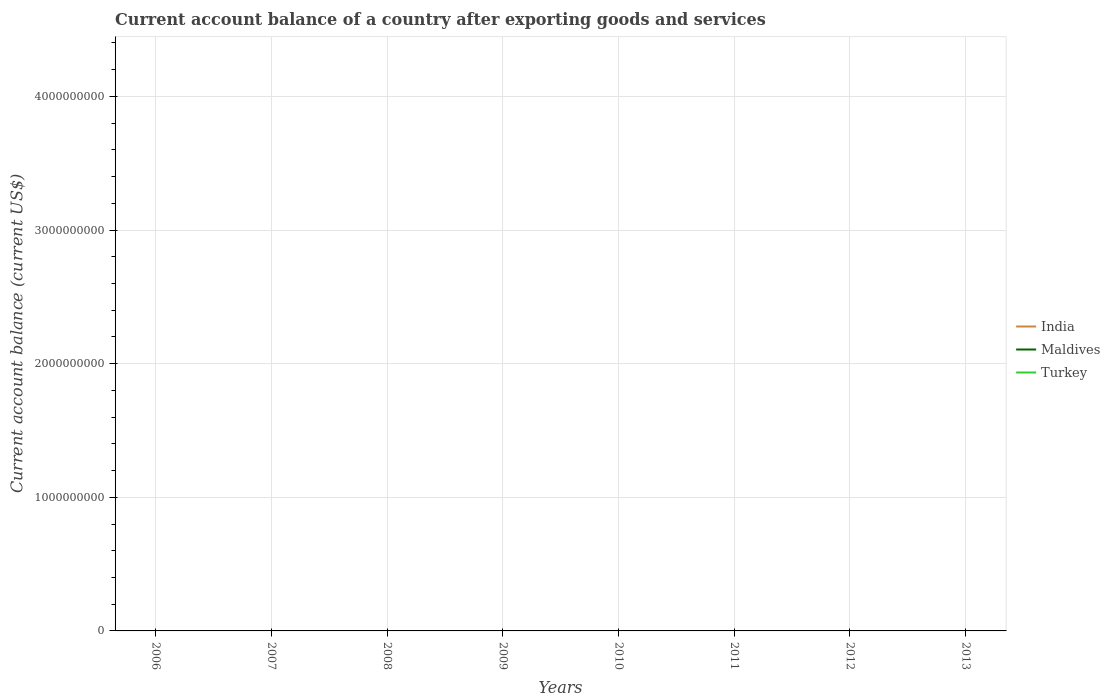
| Years | India | Maldives | Turkey |
 | --- | --- | --- | --- |
 | 2006 | -9.3e+09 | -3.02e+08 | -3.18e+10 |
 | 2007 | -8.08e+09 | -2.69e+08 | -3.78e+10 |
 | 2008 | -3.1e+10 | -6.12e+08 | -4.02e+10 |
 | 2009 | -2.62e+10 | -2.21e+08 | -1.2e+10 |
 | 2010 | -5.45e+10 | -1.96e+08 | -4.53e+10 |
 | 2011 | -6.25e+10 | -3.93e+08 | -7.5e+10 |
 | 2012 | -9.15e+10 | -1.86e+08 | -4.85e+10 |
 | 2013 | -4.92e+10 | -1.2e+08 | -6.47e+10 |